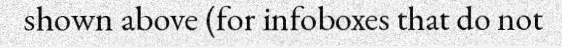
shown above (for infoboxes that do not